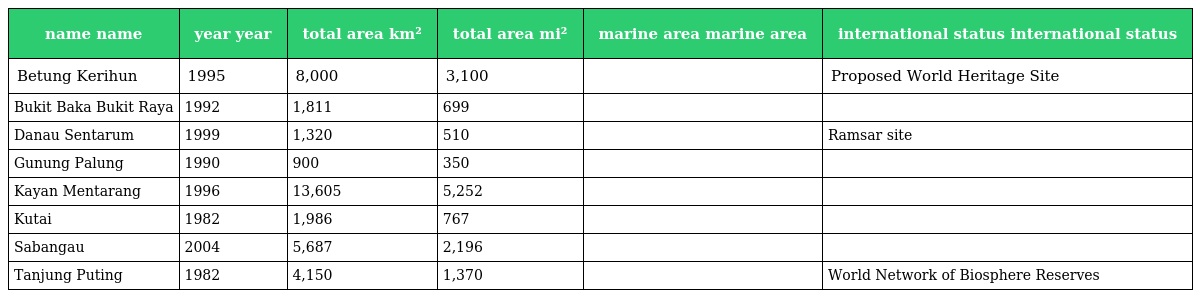
| name name | year year | total area km² | total area mi² | marine area marine area | international status international status |
 | --- | --- | --- | --- | --- | --- |
 | Betung Kerihun | 1995 | 8,000 | 3,100 |  | Proposed World Heritage Site |
 | Bukit Baka Bukit Raya | 1992 | 1,811 | 699 |  |  |
 | Danau Sentarum | 1999 | 1,320 | 510 |  | Ramsar site |
 | Gunung Palung | 1990 | 900 | 350 |  |  |
 | Kayan Mentarang | 1996 | 13,605 | 5,252 |  |  |
 | Kutai | 1982 | 1,986 | 767 |  |  |
 | Sabangau | 2004 | 5,687 | 2,196 |  |  |
 | Tanjung Puting | 1982 | 4,150 | 1,370 |  | World Network of Biosphere Reserves |